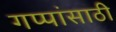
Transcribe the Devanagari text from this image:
गप्पांसाठी